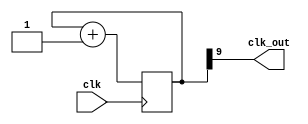
module clk_div #(parameter x = 10)(
  input clk,

  output clk_out
);


reg [x-1:0]cnt = 0;
assign clk_out = cnt[x-1];

always @ (posedge clk) begin
  cnt <= cnt + 1;
end
endmodule